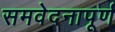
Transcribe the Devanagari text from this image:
समवेदनापूर्ण